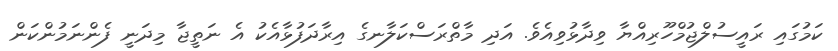
ކަމުގައި ރައީސުލްޖުމްހޫރިއްޔާ ވިދާޅުވިއެވެ. އަދި މާތްރަސްކަލާނގެ އިރާދަފުޅާއެކު އެ ނަތީޖާ މިދަނީ ފެންނަމުންކަން